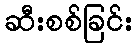
ဆီးစစ်ခြင်း